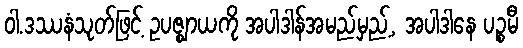
ဝါ.ဒဿနံသုတ်ဖြင့် ဥပဇ္ဈာယကို အပါဒါန်အမည်မှည့်, အပါဒါနေ ပဉ္စမီ